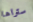
ستراها